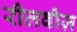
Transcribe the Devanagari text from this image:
रीलवीज़